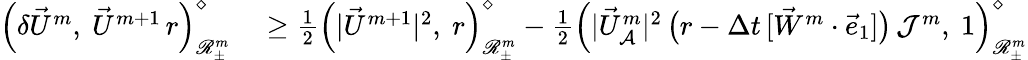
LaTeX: \begin{array}{rl}{\Bigl(\delta\vec{U}^{m},~\vec{U}^{m+1}\, r\Bigr)_{\mathscr{R}_{\pm}^{m}}^{\diamond}}&{{}\geq\frac{1}{2}\Bigl(|\vec{U}^{m+1}|^{2},~r\Bigr)_{\mathscr{R}_{\pm}^{m}}^{\diamond}-\frac{1}{2}\Bigl(|\vec{U}_{\mathcal{A}}^{m}|^{2}\, \bigl(r-\Delta t\, [\vec{W}^{m}\cdot\vec{e}_{1}]\bigr)\, \mathcal{J}^{m},~1\Bigr)_{\mathscr{R}_{\pm}^{m}}^{\diamond}}\end{array}